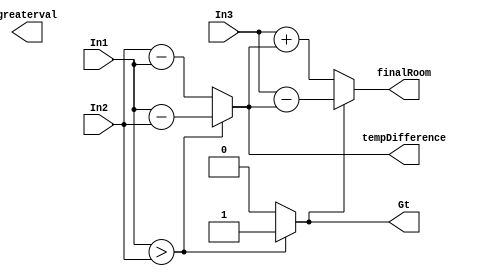
module magComp ( In1,
   In2,
   Gt,
   In3,
   greaterval,
   tempDifference,
   finalRoom
); 

/*
In1 - Input Body Temperature
In2 - Optimum Body Temperature
In3 - Optimum Room Temperature
All are 8 bit numbers
*/
input [7:0] In1,In2,In3;

//The Outputs of comparison 
output Gt; 

// The greaterVal between In1 and In2 aswell as the finalRoom Temp
output [7:0] greaterval,finalRoom;
output [7:0] tempDifference;
reg [7:0] tempDifference;
reg lightColor;
reg [7:0] finalRoom;
reg Gt; 
reg [7:0] greaterval;

//Check the state of the input lines 
always @ (In1 or In2 or In3) 

// Depending on which is greater, return 1 or 0
begin 
 Gt <= ( In1 > In2 )? 1'b1 : 1'b0; 
end 

always @(In1, In2) begin
    tempDifference = In1>In2? In1-In2 : In2-In1;
end

// Checking the light color either red of green
always @(In1, In2) begin
    lightColor = In1>In2? 1 : 0;
end

// Based on light color to find the finalRoom temperature
always @(lightColor,tempDifference,In3) begin
    if (lightColor)
    finalRoom=In3-tempDifference;
    else
    finalRoom=In3+tempDifference;
end



endmodule